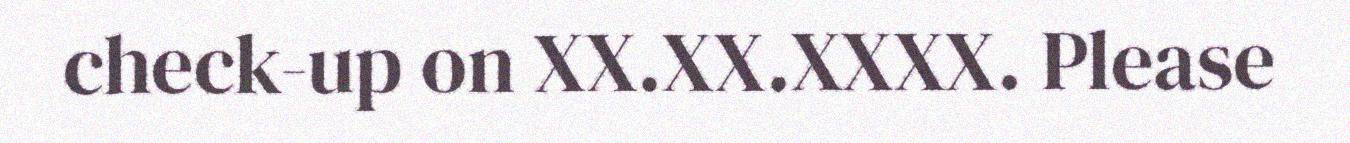
check-up on XX.XX.XXXX. Please